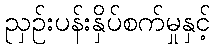
ညှဉ်းပန်းနှိပ်စက်မှုနှင့်